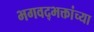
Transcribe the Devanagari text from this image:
भगवद्भक्तांच्या